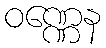
ဝဏ္ဏေန